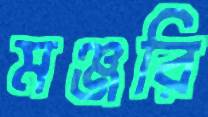
মঞ্জরি